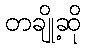
တချို့ဆို